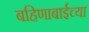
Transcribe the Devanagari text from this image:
बहिणाबाईच्‍या